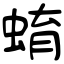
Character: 蜟